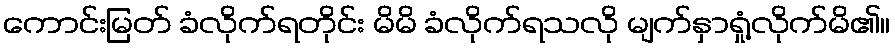
ကောင်းမြတ် ခံလိုက်ရတိုင်း မိမိ ခံလိုက်ရသလို မျက်နှာရှုံ့လိုက်မိ၏။